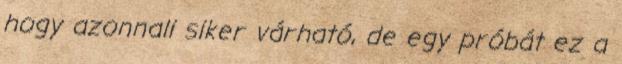
hogy azonnali siker várható, de egy próbát ez a